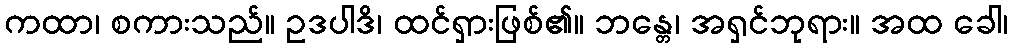
ကထာ၊ စကားသည်။ ဥဒပါဒိ၊ ထင်ရှားဖြစ်၏။ ဘန္တေ၊ အရှင်ဘုရား။ အထ ခေါ၊